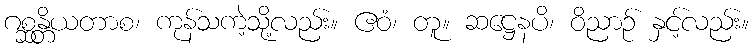
ဂစ္ဆန္တိယတာစ၊ ကုန်သကဲ့သို့လည်း။ ဧဝံ၊ တူ။ ဆဋ္ဌေနပိ၊ ဝိညာဉ် နှင့်လည်း။